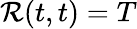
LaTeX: \mathcal{R}(t,t)=T